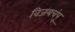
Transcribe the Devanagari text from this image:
विजयचंपू